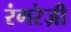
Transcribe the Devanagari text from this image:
रंगरेज़ी